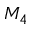
M _ { 4 }